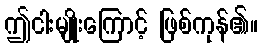
ဤငါးမျိုးကြောင့် ဖြစ်ကုန်၏။